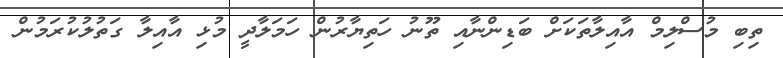
ތިބި މުސްލިމް އާއިލާތަކަށް ބަޑިންނާއި ތޫނު ހަތިޔާރުން ހަމަލާދީ މުޅި އާއިލާ ގަތުލުކުރަމުން